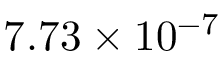
7 . 7 3 \times 1 0 ^ { - 7 }